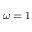
\protect \omega = 1